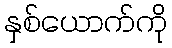
နှစ်ယောက်ကို